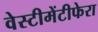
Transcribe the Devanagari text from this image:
वेस्टीमेंटीफेरा